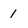
Character: 1